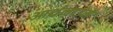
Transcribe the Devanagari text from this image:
आर्थनाउम